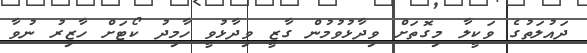
ދައުލަތުގެ ވަކީލާ މިގޮތަށް ވިދާޅުވުމުން ގާޒީ ވިދާޅުވީ ހާމިދު ކޯޓަށް ހާޒިރު ނުވާ